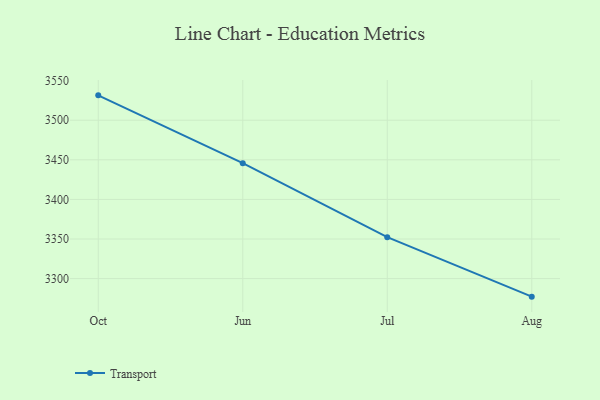
{"axis": {"x": "Month", "y": "Production Output"}, "legend": ["Transport"], "data": [{"x": "Oct", "y": 3531.4, "type": "Transport"}, {"x": "Jun", "y": 3445.8, "type": "Transport"}, {"x": "Jul", "y": 3352.3, "type": "Transport"}, {"x": "Aug", "y": 3277.2, "type": "Transport"}]}